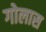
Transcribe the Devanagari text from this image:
गोलास